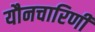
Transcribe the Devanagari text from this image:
यौनचारिणी